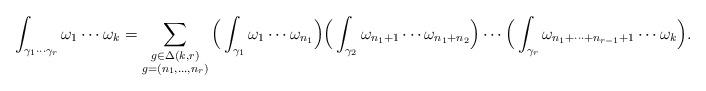
LaTeX: \begin{align*} \int_{\gamma_1 \cdots \gamma_r} \omega_1 \cdots \omega_k = \sum_{\substack{g \in \Delta(k,r) \\ g = (n_1,\ldots,n_r)}} \Big(\int_{\gamma_1} \omega_1 \cdots \omega_{n_1}\Big) \Big(\int_{\gamma_2} \omega_{n_1+1} \cdots \omega_{n_1+n_2}\Big) \cdots \Big(\int_{\gamma_r} \omega_{n_1 + \cdots + n_{r-1} + 1} \cdots \omega_k\Big). \end{align*}